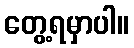
တွေ့ရမှာပါ။